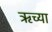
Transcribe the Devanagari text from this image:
ऋच्या